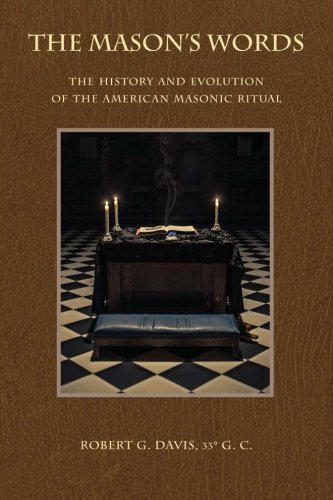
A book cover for The Mason's Words: The History and Evolution of the American Masonic Ritual; Robert G. Davis; Religion & Spirituality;